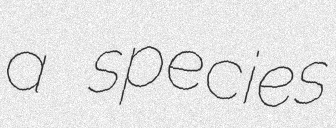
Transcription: a species